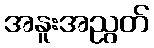
အနူးအညွတ်